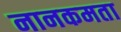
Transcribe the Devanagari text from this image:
नानकमता